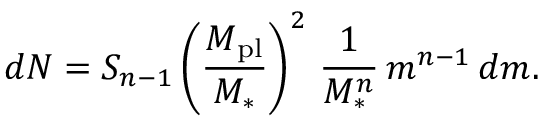
d N = S _ { n - 1 } \left( \frac { M _ { \mathrm { p l } } } { M _ { * } } \right) ^ { 2 } \, \frac { 1 } { M _ { * } ^ { n } } \, m ^ { n - 1 } \, d m .